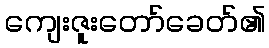
ကျေးဇူးတော်ခေတ်၏